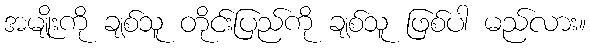
အမျိုးကို ချစ်သူ တိုင်းပြည်ကို ချစ်သူ ဖြစ်ပါ မည်လား။